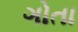
ગોતા